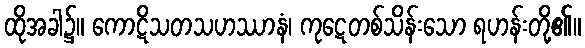
ထိုအခါ၌။ ကောဋိသတသဟဿာနံ၊ ကုဋေတစ်သိန်းသော ရဟန်းတို့၏။